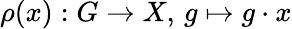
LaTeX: \rho(x):G\to X,\, g\mapsto g\cdot x